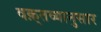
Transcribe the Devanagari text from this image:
वक़्तव्यानुसार